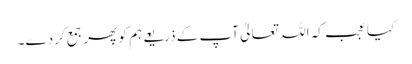
کیا عجب کہ اللہ تعالیٰ آپ کے ذریعے ہم کو پھر جمع کردے۔